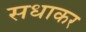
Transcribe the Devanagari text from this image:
सधाकर